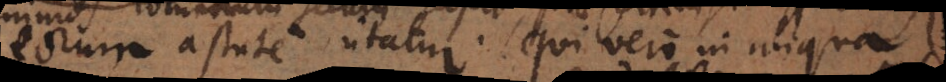
eorum astute utatur. Qui vero in aliqua